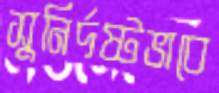
সুনির্দষ্টভাবে